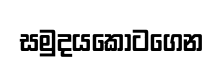
සමුදයකොටගෙන